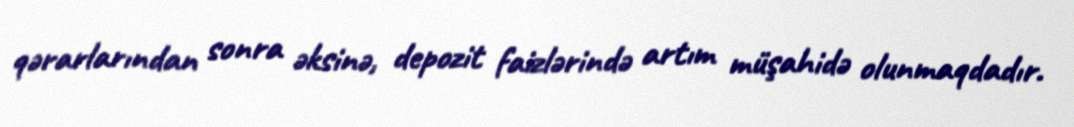
qərarlarından sonra əksinə, depozit faizlərində artım müşahidə olunmaqdadır.